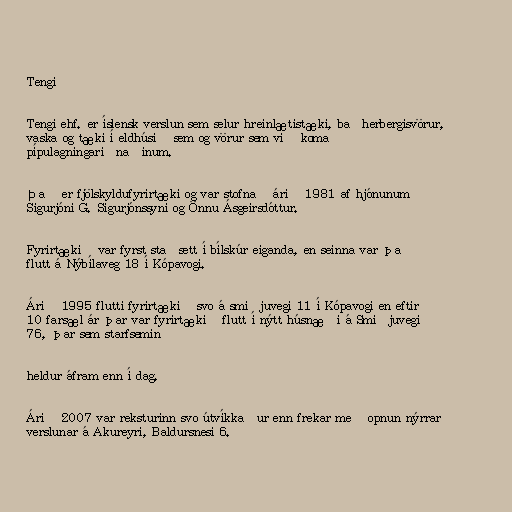
Tengi

Tengi ehf. er íslensk verslun sem selur hreinlætistæki, baðherbergisvörur,
vaska og tæki í eldhúsið sem og vörur sem við koma
pípulagningariðnaðinum.

Það er fjölskyldufyrirtæki og var stofnað árið 1981 af hjónunum
Sigurjóni G. Sigurjónssyni og Önnu Ásgeirsdóttur.

Fyrirtækið var fyrst staðsett í bílskúr eiganda, en seinna var það
flutt á Nýbílaveg 18 í Kópavogi.

Árið 1995 flutti fyrirtækið svo á smiðjuvegi 11 í Kópavogi en eftir
10 farsæl ár þar var fyrirtækið flutt í nýtt húsnæði á Smiðjuvegi
76, þar sem starfsemin

heldur áfram enn í dag.

Árið 2007 var reksturinn svo útvíkkaður enn frekar með opnun nýrrar
verslunar á Akureyri, Baldursnesi 6.